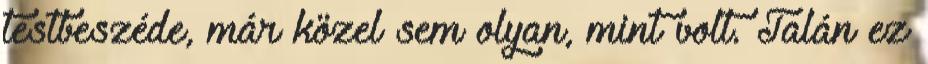
testbeszéde, már közel sem olyan, mint volt. Talán ez